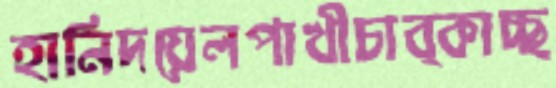
হানিদয়েলপাখীচাব্‌কাচ্ছ